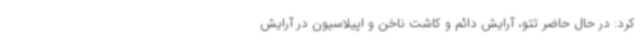
کرد: در حال حاضر تتو، آرایش دائم و کاشت ناخن و اپیلاسیون در آرایش